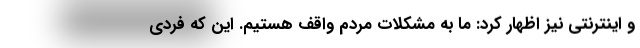
و اینترنتی نیز اظهار کرد: ما به مشکلات مردم واقف هستیم. این که فردی